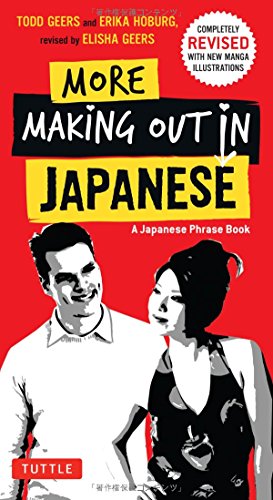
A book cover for More Making Out in Japanese: Completely Revised and Updated with new Manga Illustrations - A Japanese Phrase Book (Making Out Books); Todd Geers; Travel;